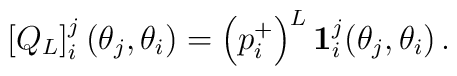
\left[ Q_{L}\right] _{i}^{j}(\theta _{j},\theta _{i})=\left(p_{i}^{+}\right) ^{L}\mathbf{1}_{i}^{j}(\theta _{j},\theta _{i})\,.